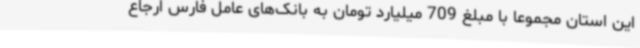
این استان مجموعا با مبلغ 709 میلیارد تومان به بانک‌های عامل فارس ارجاع